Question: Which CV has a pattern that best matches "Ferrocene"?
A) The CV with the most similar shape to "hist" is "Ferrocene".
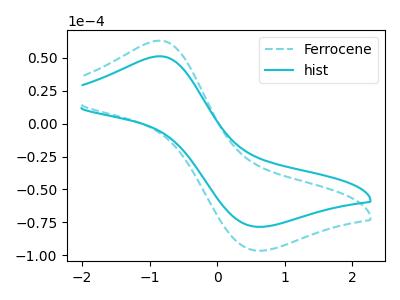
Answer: <think>The cyan dashed curve "Ferrocene" has an anodic peak at (-0.85V, 63.15uA) and a cathodic peak at (0.60V, -96.45uA). The cyan curve "hist" has an anodic peak at (-0.85V, 51.25uA) and a cathodic peak at (0.60V, -78.35uA).
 All the peaks in "Ferrocene" have a peak in "hist" at the same potential. Every peak in "Ferrocene" is higher than every peak in "hist".</think>
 <answer>A) The CV with the most similar shape to "hist" is "Ferrocene".</answer>
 <eval>A</eval>